Indian journal of veterinary science and animal husbandry - Volume 3,
Year: 1933
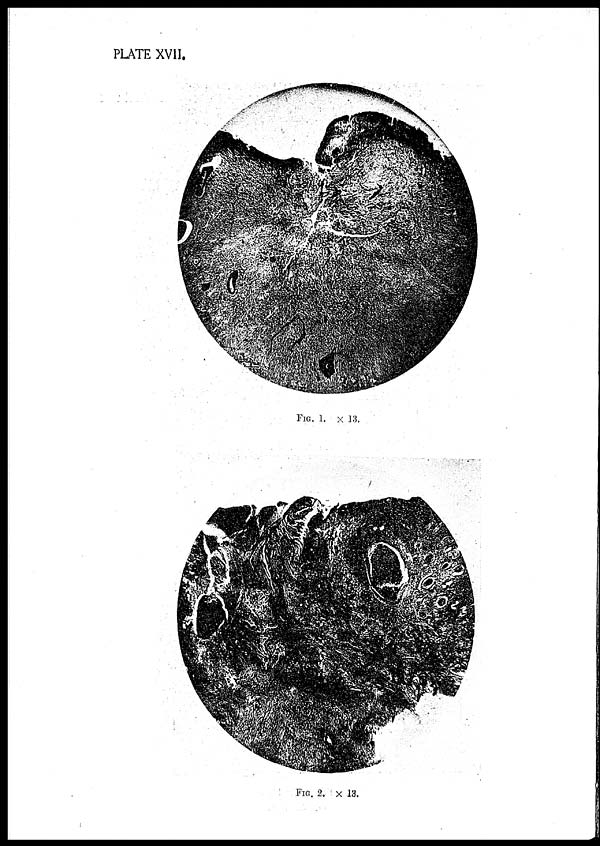
PLATE XVII.
FIG. 1. × 13.
FIG. 2. × 13.